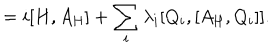
\mathrm { } = i [ H , A _ { \mathrm { H } } ] + \sum _ { i } ^ { } \lambda _ { i } [ Q _ { i } , [ A _ { \mathrm { H } } , Q _ { i } ] ] .